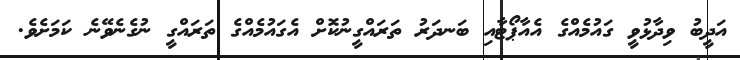
އަދީބު ވިދާޅުވީ ގައުމެއްގެ އެއާޕޯޓާއި ބަނދަރު ތަރައްގީނުކޮށް އެގައުމެއްގެ ތަރައްގީ ނުގެނެވޭނެ ކަމަށެވެ.